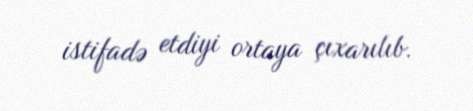
istifadə etdiyi ortaya çıxarılıb.